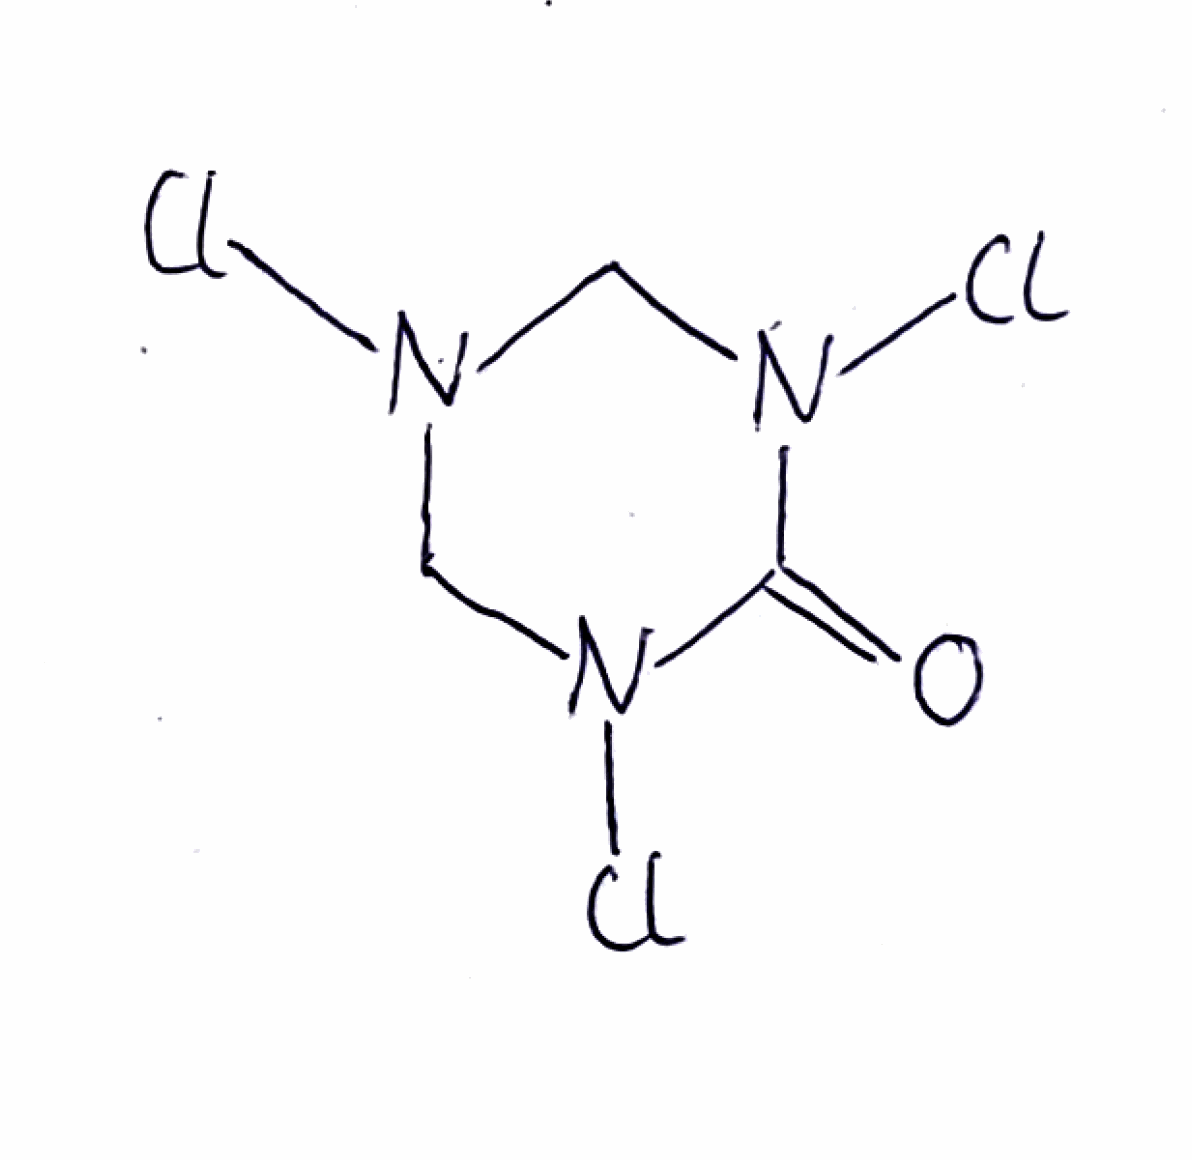
Simplified molecular-input line-entry system (SMILES) notation of the given molecule:
C1N(CN(C(=O)N1Cl)Cl)Cl